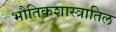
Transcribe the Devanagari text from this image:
भौतिकशास्त्रातिल